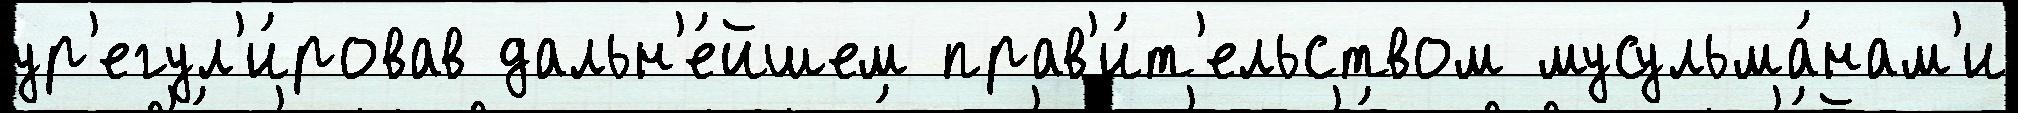
ур'егул'и́ровав дальн'е́йшем прав'и́т'ельством мусульма́нам'и